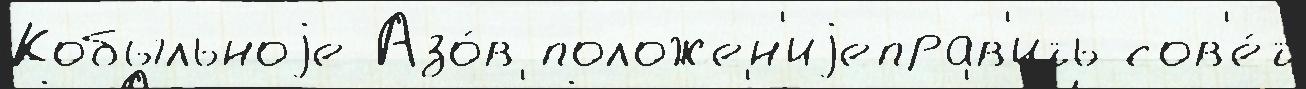
Кобыльноjе Азо́в положен'иjеправ'ить сов'е́т